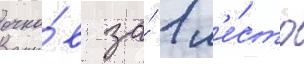
очко́в за́ 1 м'е́сто